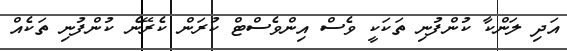
އަދި ލަންކާ ކުންފުނި ތަކަކީ ވެސް އިންވެސްޓް ކުރަން ކެރޭނެ ކުންފުނި ތަކެއް